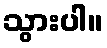
သွားပါ။